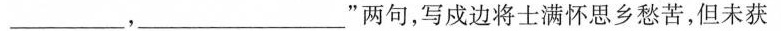
___，___”两句，写戍边将士满怀思乡愁苦，但未获